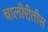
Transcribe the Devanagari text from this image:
चालीरीतीस